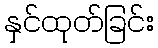
နှင်ထုတ်ခြင်း